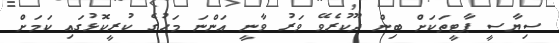
ސިޔާސީ ޕާޓީތަކަށް ބިން ދޫކުރެވޭ ވަރު ވާނީ އަންނަ މަހުގެ ކުރީކޮޅުގައި ކަމަށް